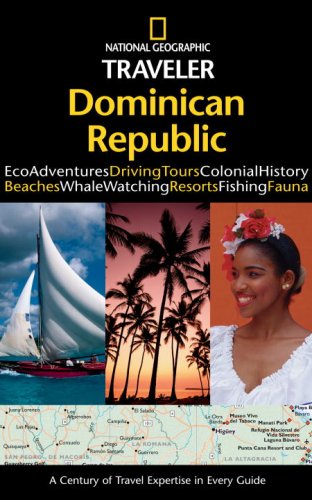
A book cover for National Geographic Traveler: Dominican Republic; Christopher Baker; Travel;